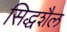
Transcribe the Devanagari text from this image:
सिद्धशैल